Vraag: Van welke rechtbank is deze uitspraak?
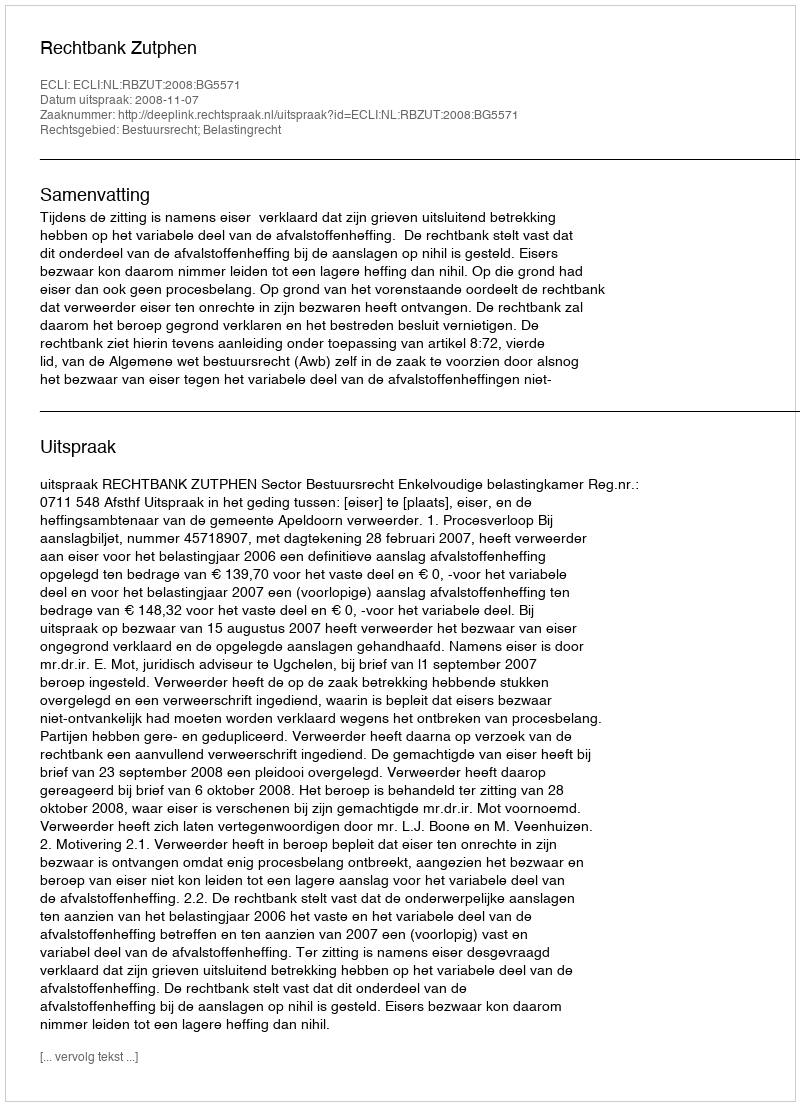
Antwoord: Rechtbank Zutphen